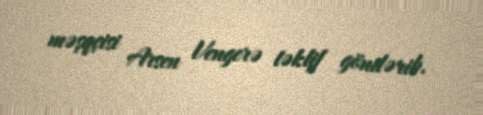
məşqçisi Arsen Vengerə təklif göndərib.